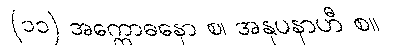
(၁၁) အက္ကောဓနော စ၊ အနုပနာဟီ စ။